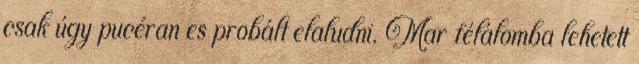
csak úgy pucéran es probált elaludni. Mar félálomba lehetett